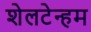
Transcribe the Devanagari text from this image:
शेलटेन्हम